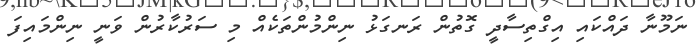
ނަމޫނާ ދައްކައި އިގްތިސާދީ ގޮތުން ރަނގަޅު ނިންމުންތަކެއް މި ސަރުކާރުން ވަނީ ނިންމައިފަ